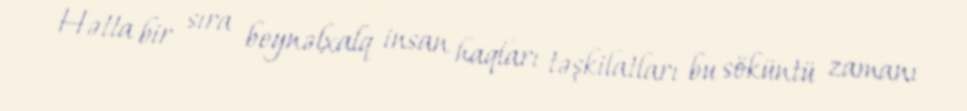
Hətta bir sıra beynəlxalq insan haqları təşkilatları bu söküntü zamanı